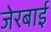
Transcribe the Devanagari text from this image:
जेरबाई